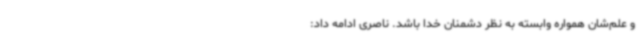
و علم‌شان همواره وابسته به نظر دشمنان خدا باشد. ناصری ادامه داد: